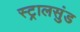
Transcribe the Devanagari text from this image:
स्ट्रालसुंड